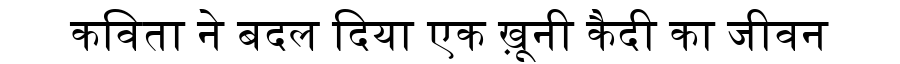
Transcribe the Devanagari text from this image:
कविता ने बदल दिया एक ख़ूनी कैदी का जीवन